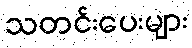
သတင်းပေးများ